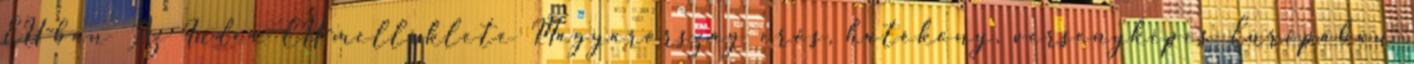
EU-ban Az Index EU-melléklete Magyarország erős, hatékony, versenyképes Európában